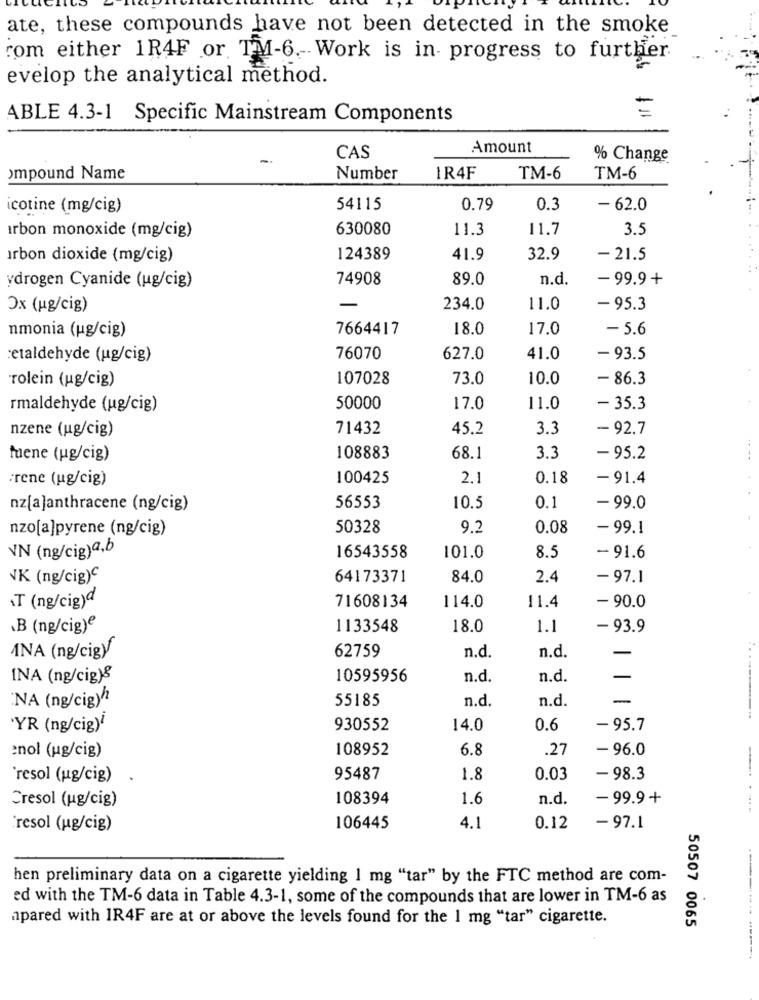
ate, these compounds have not been detected in the smoke
rom either 1R4F or TM-6. Work is in progress to further
evelop the analytical method.
=
ABLE 4.3-1 Specific Mainstream Components
Amount
CAS
% Change
ompound Name
Number
IR4F
TM-6
TM-6
icotine (mg/cig)
54115
0.79
0.3
- 62.0
630080
11.3
11.7
3 .:
arbon monoxide (mg/cig)
arbon dioxide (mg/cig)
124389
41.9
32.9
- 21.5
ydrogen Cyanide (ug/cig)
74908
89.0
n.d.
- 99.9+
Ox (ug/cig)
234.0
11.0
- 95.3
nmonia (ug/cig)
7664417
18.0
17.0
- 5.6
etaldehyde (ug/cig)
76070
627.0
41.0
- 93.5
rolein (ug/cig)
107028
73.0
10.0
- 86.3
rmaldehyde (ug/cig)
50000
17.0
11.0
- 35.3
nzene (ug/cig)
71432
45.2
3.3
- 92.7
tuene (ug/cig)
108883
68.1
3.3
- 95.2
Frene (ug/cig)
100425
2.1
0.18
-91.4
nz[a]anthracene (ng/cig)
56553
10.5
0.1
- 99.0
nzo[a]pyrene (ng/cig)
50328
9.2
0.08
-99.1
VN (ng/cig)a,b
16543558
101.0
8.5
-91.6
VK (ng/cig)℃
64173371
84.0
2.4
-97.1
.T (ng/cig)d
114.0
71608134
11.4
- 90.0
.B (ng/cig)e
1133548
18.0
1.1
- 93.9
62759
INA (ng/cigy
n.d.
n.d.
-
INA (ng/cig)&
10595956
n.d.
n.d.
55185
n.d.
n.d.
NA (ng/cig)/
YR (ng/cig)"
930552
14.0
0.6
-95.7
enol (ug/cig)
108952
6.8
.27
- 96.0
resol (ug/cig)
95487
1.8
0.03
-98.3
Cresol (ug/cig)
108394
1.6
n.d.
-99.9+
'resol (ug/cig)
106445
4.1
0.12
-97.1
hen preliminary data on a cigarette yielding 1 mg "tar" by the FTC method are com-
ed with the TM-6 data in Table 4.3-1, some of the compounds that are lower in TM-6 as
apared with IR4F are at or above the levels found for the 1 mg "tar" cigarette.
50507 0065